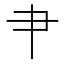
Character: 肀